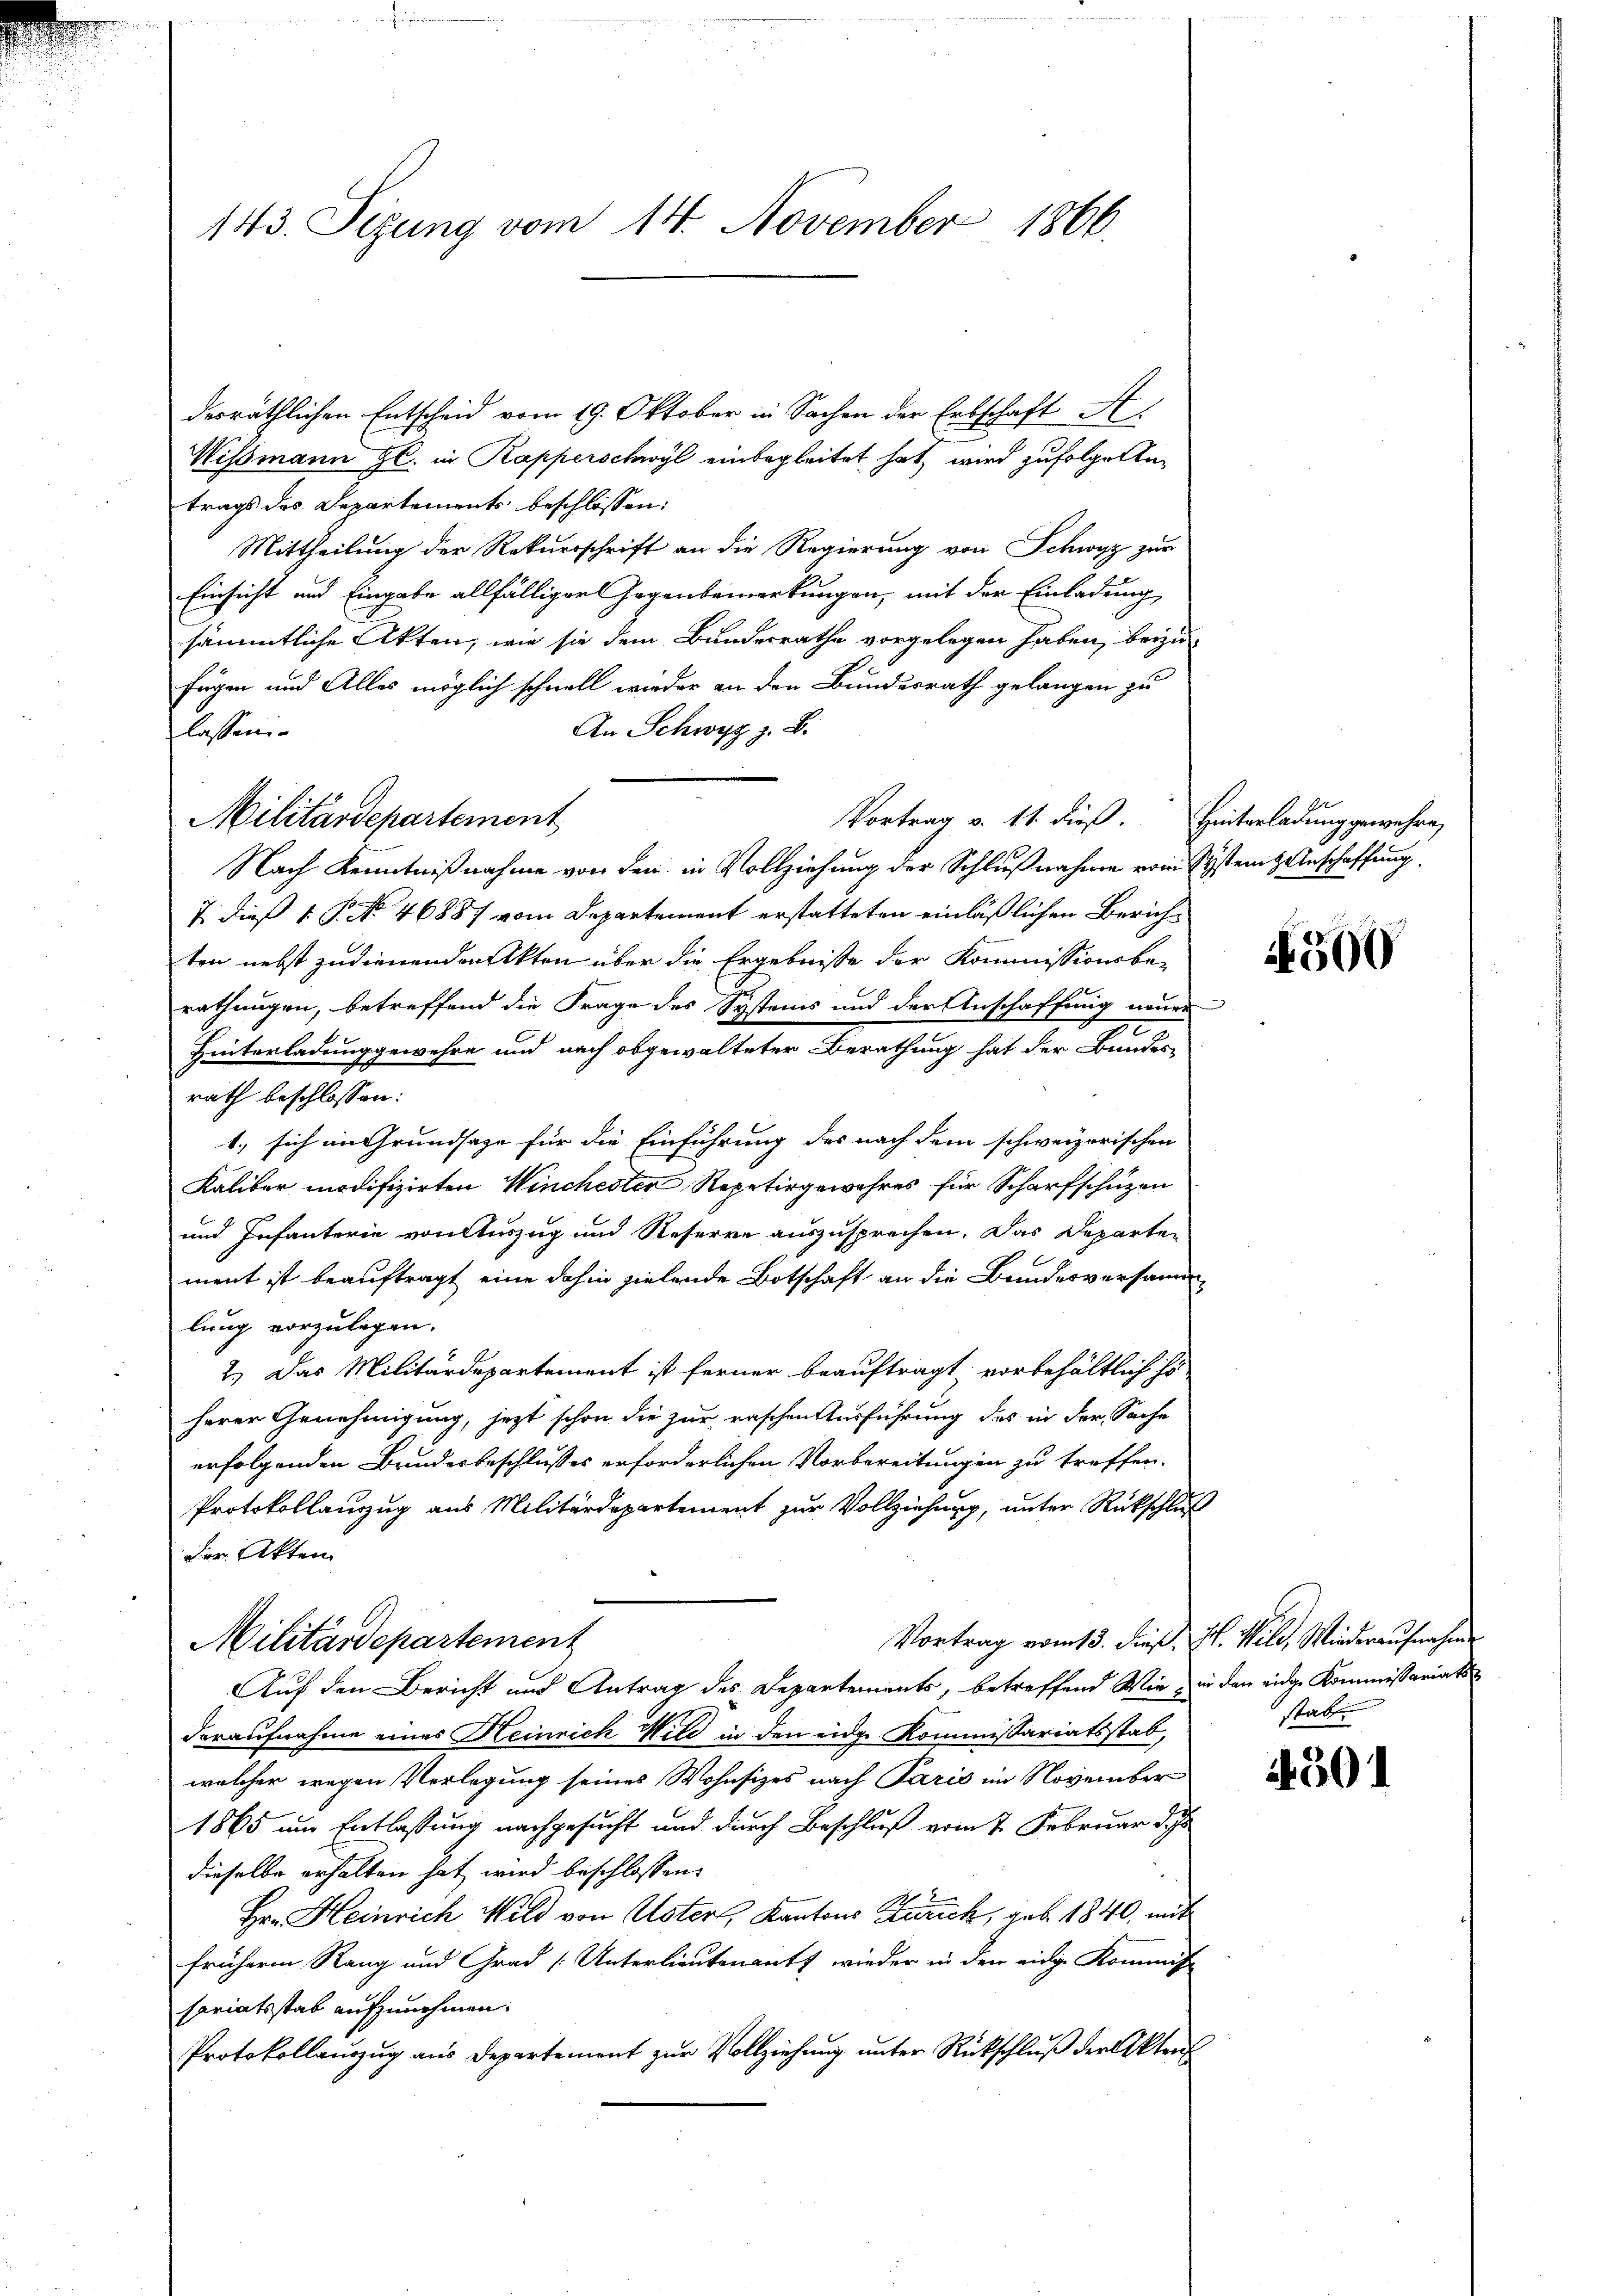
143. Sizung vom 14. November 1866.

desräthlichen Entscheid vom 19. Oktober in Sachen der Erbschaft A.
Wismann gl. in Kapperschwyl einbegleitet hat, wird zufolgentrags des Departements beschlossen:
Mittheilung der Rekursschrift an die Regierung von Schwyz zur
Einsicht und Eingabe allfälliger Gegenbemerkungen, mit der Einladung,
sämmtliche Akten, wie sie dem Bundesrathe vorgelegen haben, beizufügen und Alles möglich schnell wieder an den Bundesrath gelangen zu
An Schwyz z. B.
lassen
Vortrag v. 11. dieß. Hinterladung gewehre,
Nach Kenntnißnahme von den in Vollziehung der Schlußnahme vom System Anschaffung
2. Dieß 1. P. No 46887 vom Departement erstatteten einläßlichen Zürichten nebst zudienenden Akten über die Ergebnisse der Kommissionsbe-
rathungen, betreffend die Frage des Systems und der Anschaffung neuer
Hinterladung gewehre und nach obgewalteter Berathung hat der Bundes-
rath beschlossen:
1.) sich im Grundsaze für die Einführung des nach dem schweizerischen
Kaliber modifizirten Winchester Repetirgewahres für Scharfschüzen
und Infanterie von Auszug und Reserre auszusprechen. Das Departen
ment ist beauftragt eine dahin zielende Botschaft an die Bundesversammlung vorzulegen.
2.) Das Militärdepartement ist ferner beauftragt, vorbehältlich s
herer Genehmigung, jezt schon die zur raschen Ausführung des in der Sache
erfolgenden Bundesbeschlusses erforderlichen Vorbereitungen zu treffen.
Protokollauzug aus Militärdepartement zur Vollziehung, unter Rückschluß
der Akten
Vortrag vom 13. dieß, J. Wild, Wiederaufnahme
Militärdepartement
Auf den Bericht und Antrag des Departements, betreffend Wie in den eidge Kommissariatsdaraufnahme eines Heinrich Wild in den eider Kommissariatsstab,
welcher wegen Verlegung seines Wohnsizes nach Paris im November
1865 um Entlassung nachgesucht und durch Beschluß vom 2. Februar d. Js.
dieselbe erhalten hat wird beschlossen:
Hr. Heinrich Wild von Uster, Kantons Zürich, geb. 1840, mit
früheren Rang und Grad [Unterlieutenants wieder in der einige Kommiss
sariatsstab aufzunehmen.
Protokollauszug aus Departement zur Vollziehung unter Rückschluß der Aktens

Militärdepartement

4500

statt.

4501